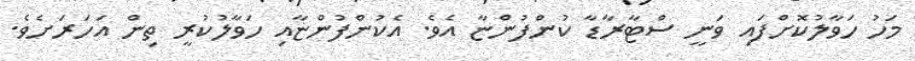
މަހު ހަވާލުކޮށްފައި ވަނީ ސްޓާރާޑާ ކުންފުންޏާ އެވެ. އެކުންފުންޏާއި ހަވާލުކުރީ ތިން އަހަރަށެވެ.